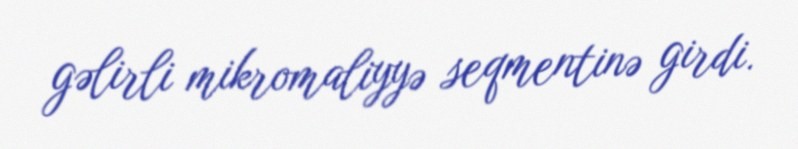
gəlirli mikromaliyyə seqmentinə girdi.